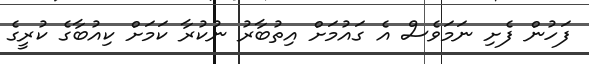
ފަހުން ފެށި ނަމަވެސް އެ ގަަައުމަށް އިތުބާރު ނުކުރާ ކަމަށް ކިއުބާގެ ކުރީގެ